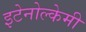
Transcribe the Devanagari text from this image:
इटेनोल्केमी